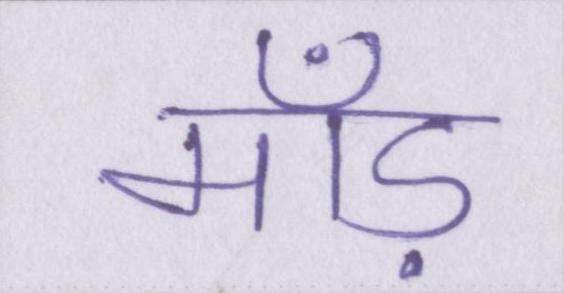
माँड़